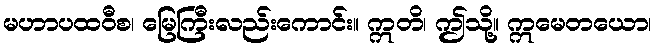
မဟာပထဝီစ၊ မြေကြီးလည်းကောင်း။ ဣတိ၊ ဤသို့။ ဣမေတယော၊